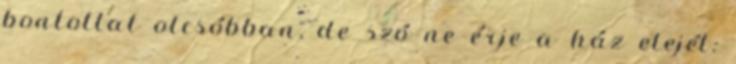
bontottat olcsóbban, de szó ne érje a ház elejét: